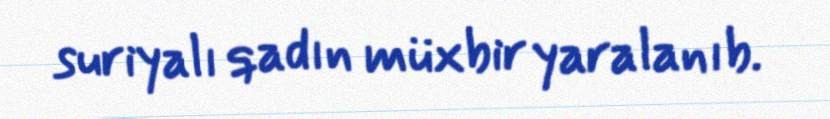
suriyalı qadın müxbir yaralanıb.